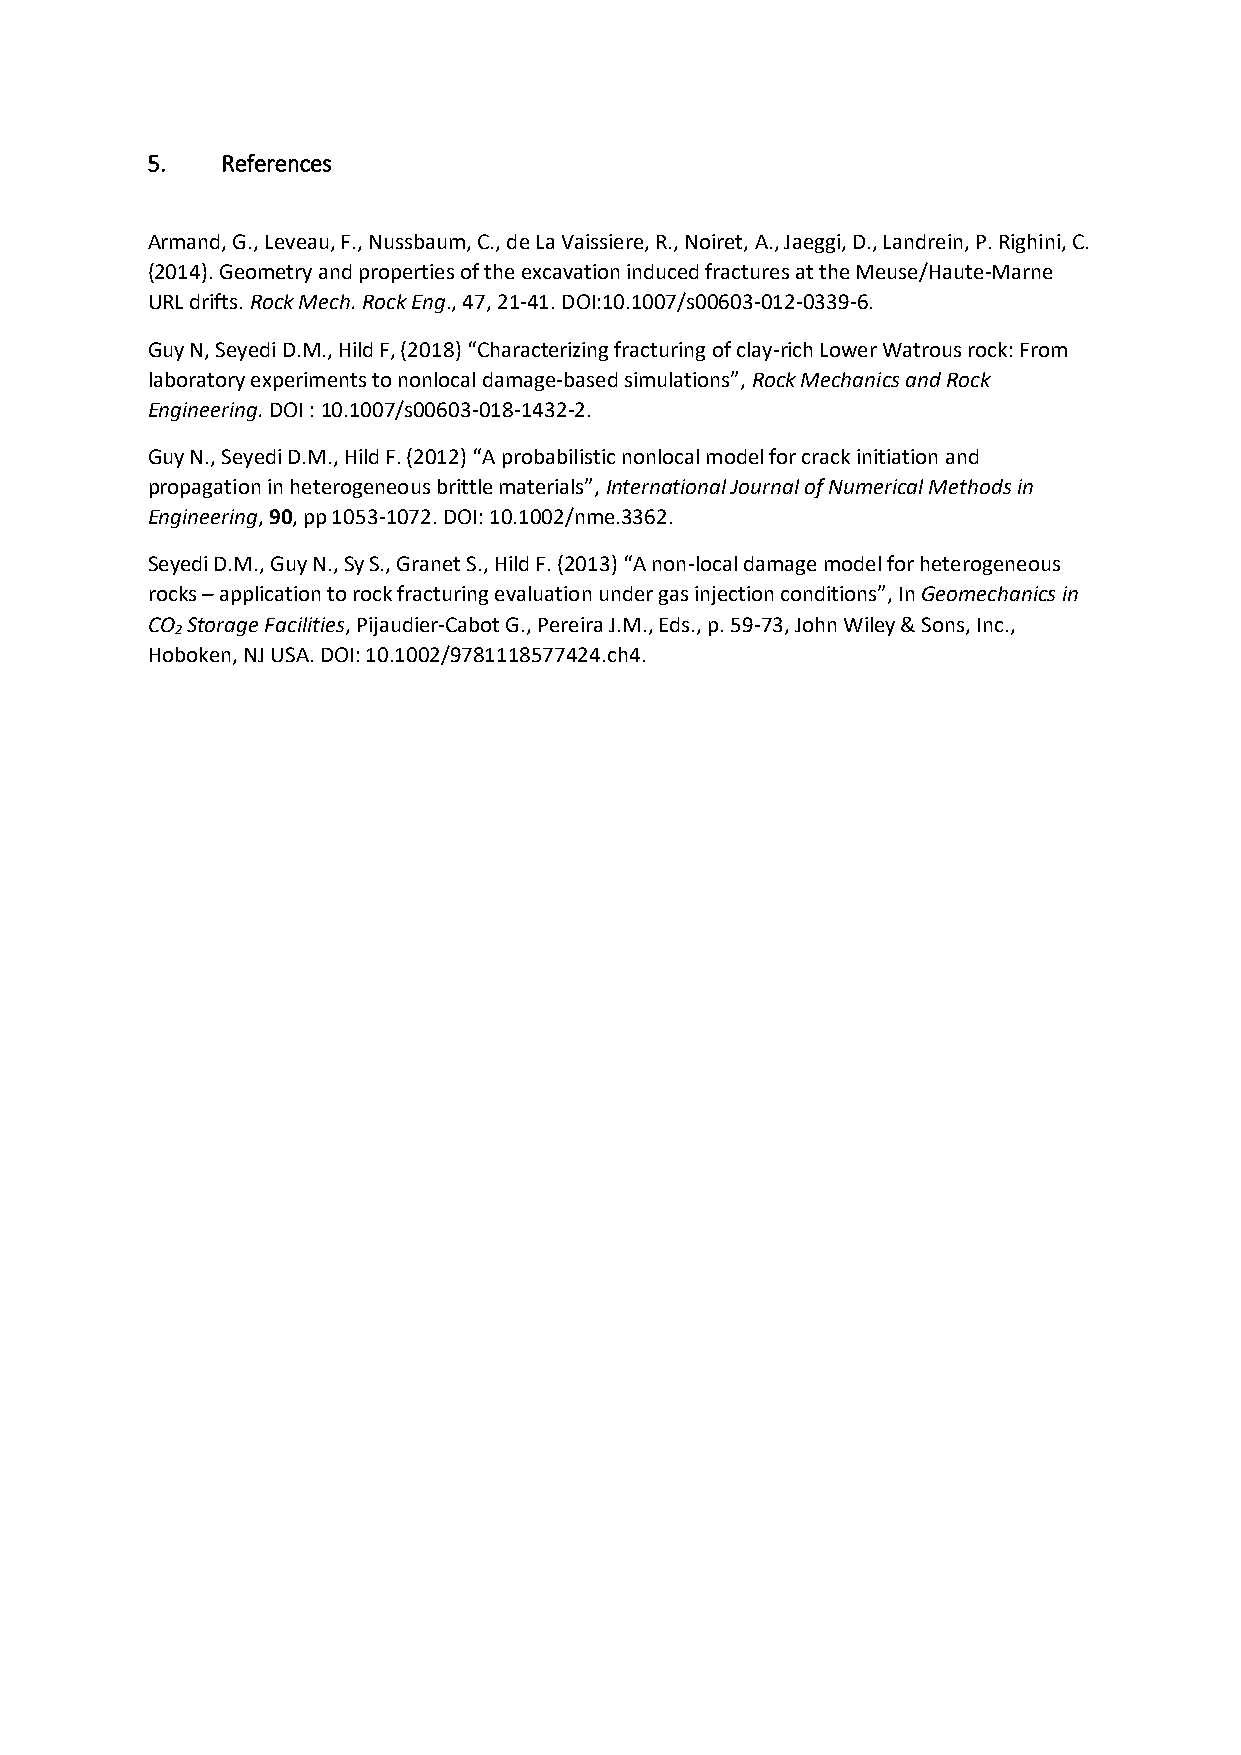
5.   References
 Armand, G., Leveau, F., Nussbaum, C., de La Vaissiere, R., Noiret, A., Jaeggi, D., Landrein, P. Righini, C.
 (2014). Geometry and properties of the excavation induced fractures at the Meuse/Haute-Marne
 URL drifts. Rock Mech. Rock Eng., 47, 21-41. DOI:10.1007/s00603-012-0339-6.
 Guy N, Seyedi D.M., Hild F, (2018) “Characterizing fracturing of clay-rich Lower Watrous rock: From
 laboratory experiments to nonlocal damage-based simulations”, Rock Mechanics and Rock
 Engineering. DOI : 10.1007/s00603-018-1432-2.
 Guy N., Seyedi D.M., Hild F. (2012) “A probabilistic nonlocal model for crack initiation and
 propagation in heterogeneous brittle materials”, International Journal of Numerical Methods in
 Engineering, 90, pp 1053-1072. DOI: 10.1002/nme.3362.
 Seyedi D.M., Guy N., Sy S., Granet S., Hild F. (2013) “A non-local damage model for heterogeneous
 rocks – application to rock fracturing evaluation under gas injection conditions”, In Geomechanics in
 CO Storage Facilities, Pijaudier-Cabot G., Pereira J.M., Eds., p. 59-73, John Wiley & Sons, Inc.,
 2
 Hoboken, NJ USA. DOI: 10.1002/9781118577424.ch4.